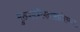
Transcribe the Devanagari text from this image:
मुख्यमंत्रीपदासाठीच्या